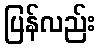
ပြန်လည်း